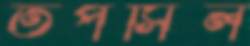
তপসিল